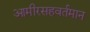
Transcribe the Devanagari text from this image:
आमीरसहवर्तमान